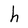
Character: h